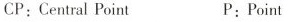
CP：Central Point P：Point